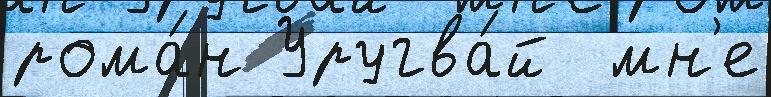
рома́н Уругва́й  мн'е